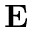
{ \bf E }